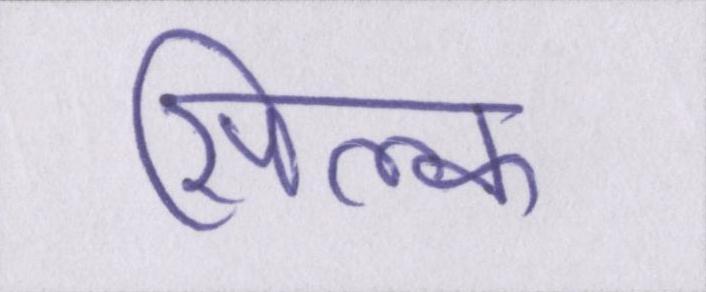
सिल्क